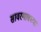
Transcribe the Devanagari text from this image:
सावरगावच्या